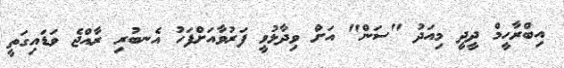
އިބްރާހީމް ދީދީ މިއަދު "ސަން" އަށް ވިދާޅުވީ ފަރުވާއަށްފަހު އެނބުރި ރާއްޖެ ވަޑައިގަތީ